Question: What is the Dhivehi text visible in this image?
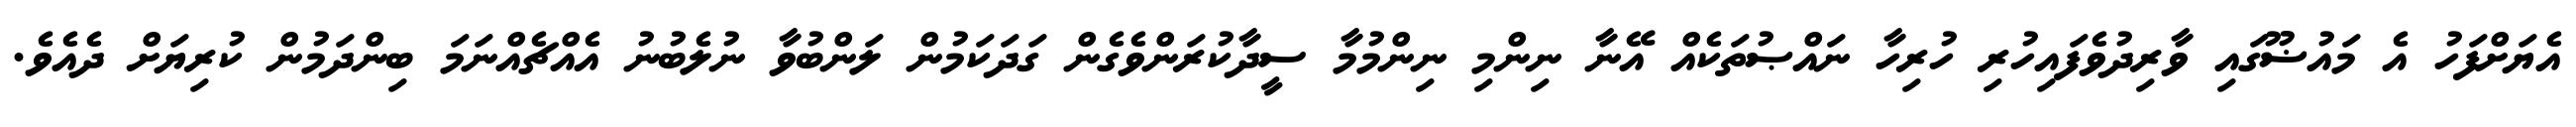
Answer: އެޔަށްފަހު އެ މައުޟޫގައި ވާރިދުވެފައިހުރި ހުރިހާ ނައްޞުތަކެއް އޭނާ ނިންމި ނިންމުމާ ސީދާކުރަންވެގެން ގަދަކަމުން ލަންބުވާ ނުލެބުނު އެއްޗެއްނަމަ ބިންދަމުން ކުރިޔަށް ދެއެވެ.